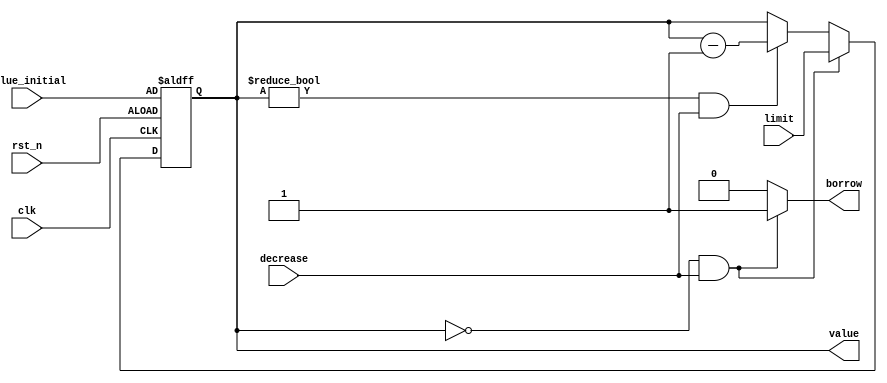
`timescale 1ns / 1ps
//////////////////////////////////////////////////////////////////////////////////
// Company: 
// Engineer: 
// 
// Design Name: 
// Module Name: down_counter
// Project Name: 
// Target Devices: 
// Tool Versions: 
// Description: 
// 
// Dependencies: 
// 
// Revision:
// Revision 0.01 - File Created
// Additional Comments:
// 
//////////////////////////////////////////////////////////////////////////////////

module down_counter(
    value,  //counter output
    value_initial,  //value after reset
    borrow, //borrow indicator
    clk,    //global clock
    rst_n,  //active low reset
    decrease,   //counter enable control
    limit   //limit for the counter
);
output [3:0] value;
output borrow;
input [3:0] value_initial;
input [3:0] limit;
input clk, rst_n, decrease;
reg [3:0] value, value_tmp;
reg borrow;

always @*
    if (value == 4'd0 && decrease)
    begin
        value_tmp = limit;
        borrow = 1;
    end
    else if (value != 4'd0 && decrease)
    begin
        value_tmp = value - 4'd1;
        borrow = 0;
    end
    else
    begin
        value_tmp = value;
        borrow = 0;
    end

always @(posedge clk or negedge rst_n)
    if (~rst_n)
        value <= value_initial;
    else
        value <= value_tmp;
 
endmodule